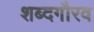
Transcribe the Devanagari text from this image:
शब्दगौरव